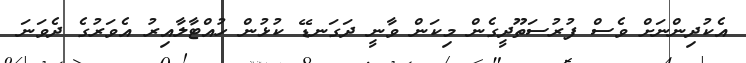
އެކުދިންނަށް ވެސް ފުރުސަތޫދީގެން މިކަން ވާނީ ދަގަނޑޭ ކުޅުން ހުއްޓާލާއިރު އެވަރުގެ ދެވަނަ